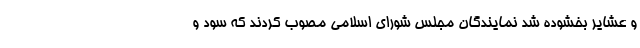
و عشایر بخشوده شد نمایندگان مجلس شورای اسلامی مصوب کردند که سود و